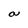
Character: a